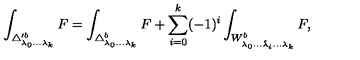
\int _ { \triangle _ { \lambda _ { 0 } . . . \lambda _ { k } } ^ { \prime b } } F = \int _ { \triangle _ { \lambda _ { 0 } . . . \lambda _ { k } } ^ { b } } F + \sum _ { i = 0 } ^ { k } ( - 1 ) ^ { i } \int _ { W _ { \lambda _ { 0 } . . . \hat { \lambda } _ { i } . . . \lambda _ { k } } ^ { b } } F ,